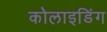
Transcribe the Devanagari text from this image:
कोलाइडिंग